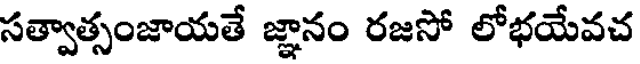
సత్వాత్సంజాయతే జ్ఞానం రజసో లోభయేవచ